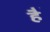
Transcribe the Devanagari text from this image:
है॓